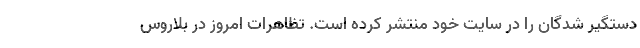
دستگیر شدگان را در سایت خود منتشر کرده است. تظاهرات امروز در بلاروس